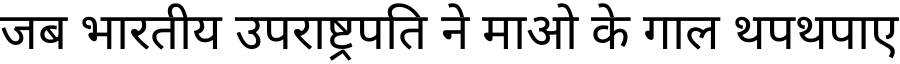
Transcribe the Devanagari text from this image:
जब भारतीय उपराष्ट्रपति ने माओ के गाल थपथपाए